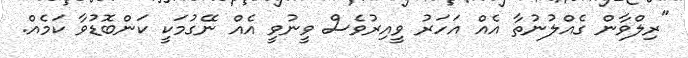
"ރިލްވާން ގެއްލުނުތާ އެއް އަހަރު ވީއިރުވެސް ވީނުވީ އެއް ނޭގުމަކީ ކަންބޮޑުވާ ކަމެއް.